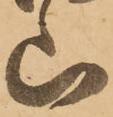
山